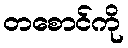
တစောင်ကို